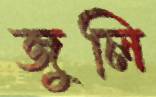
জুলি